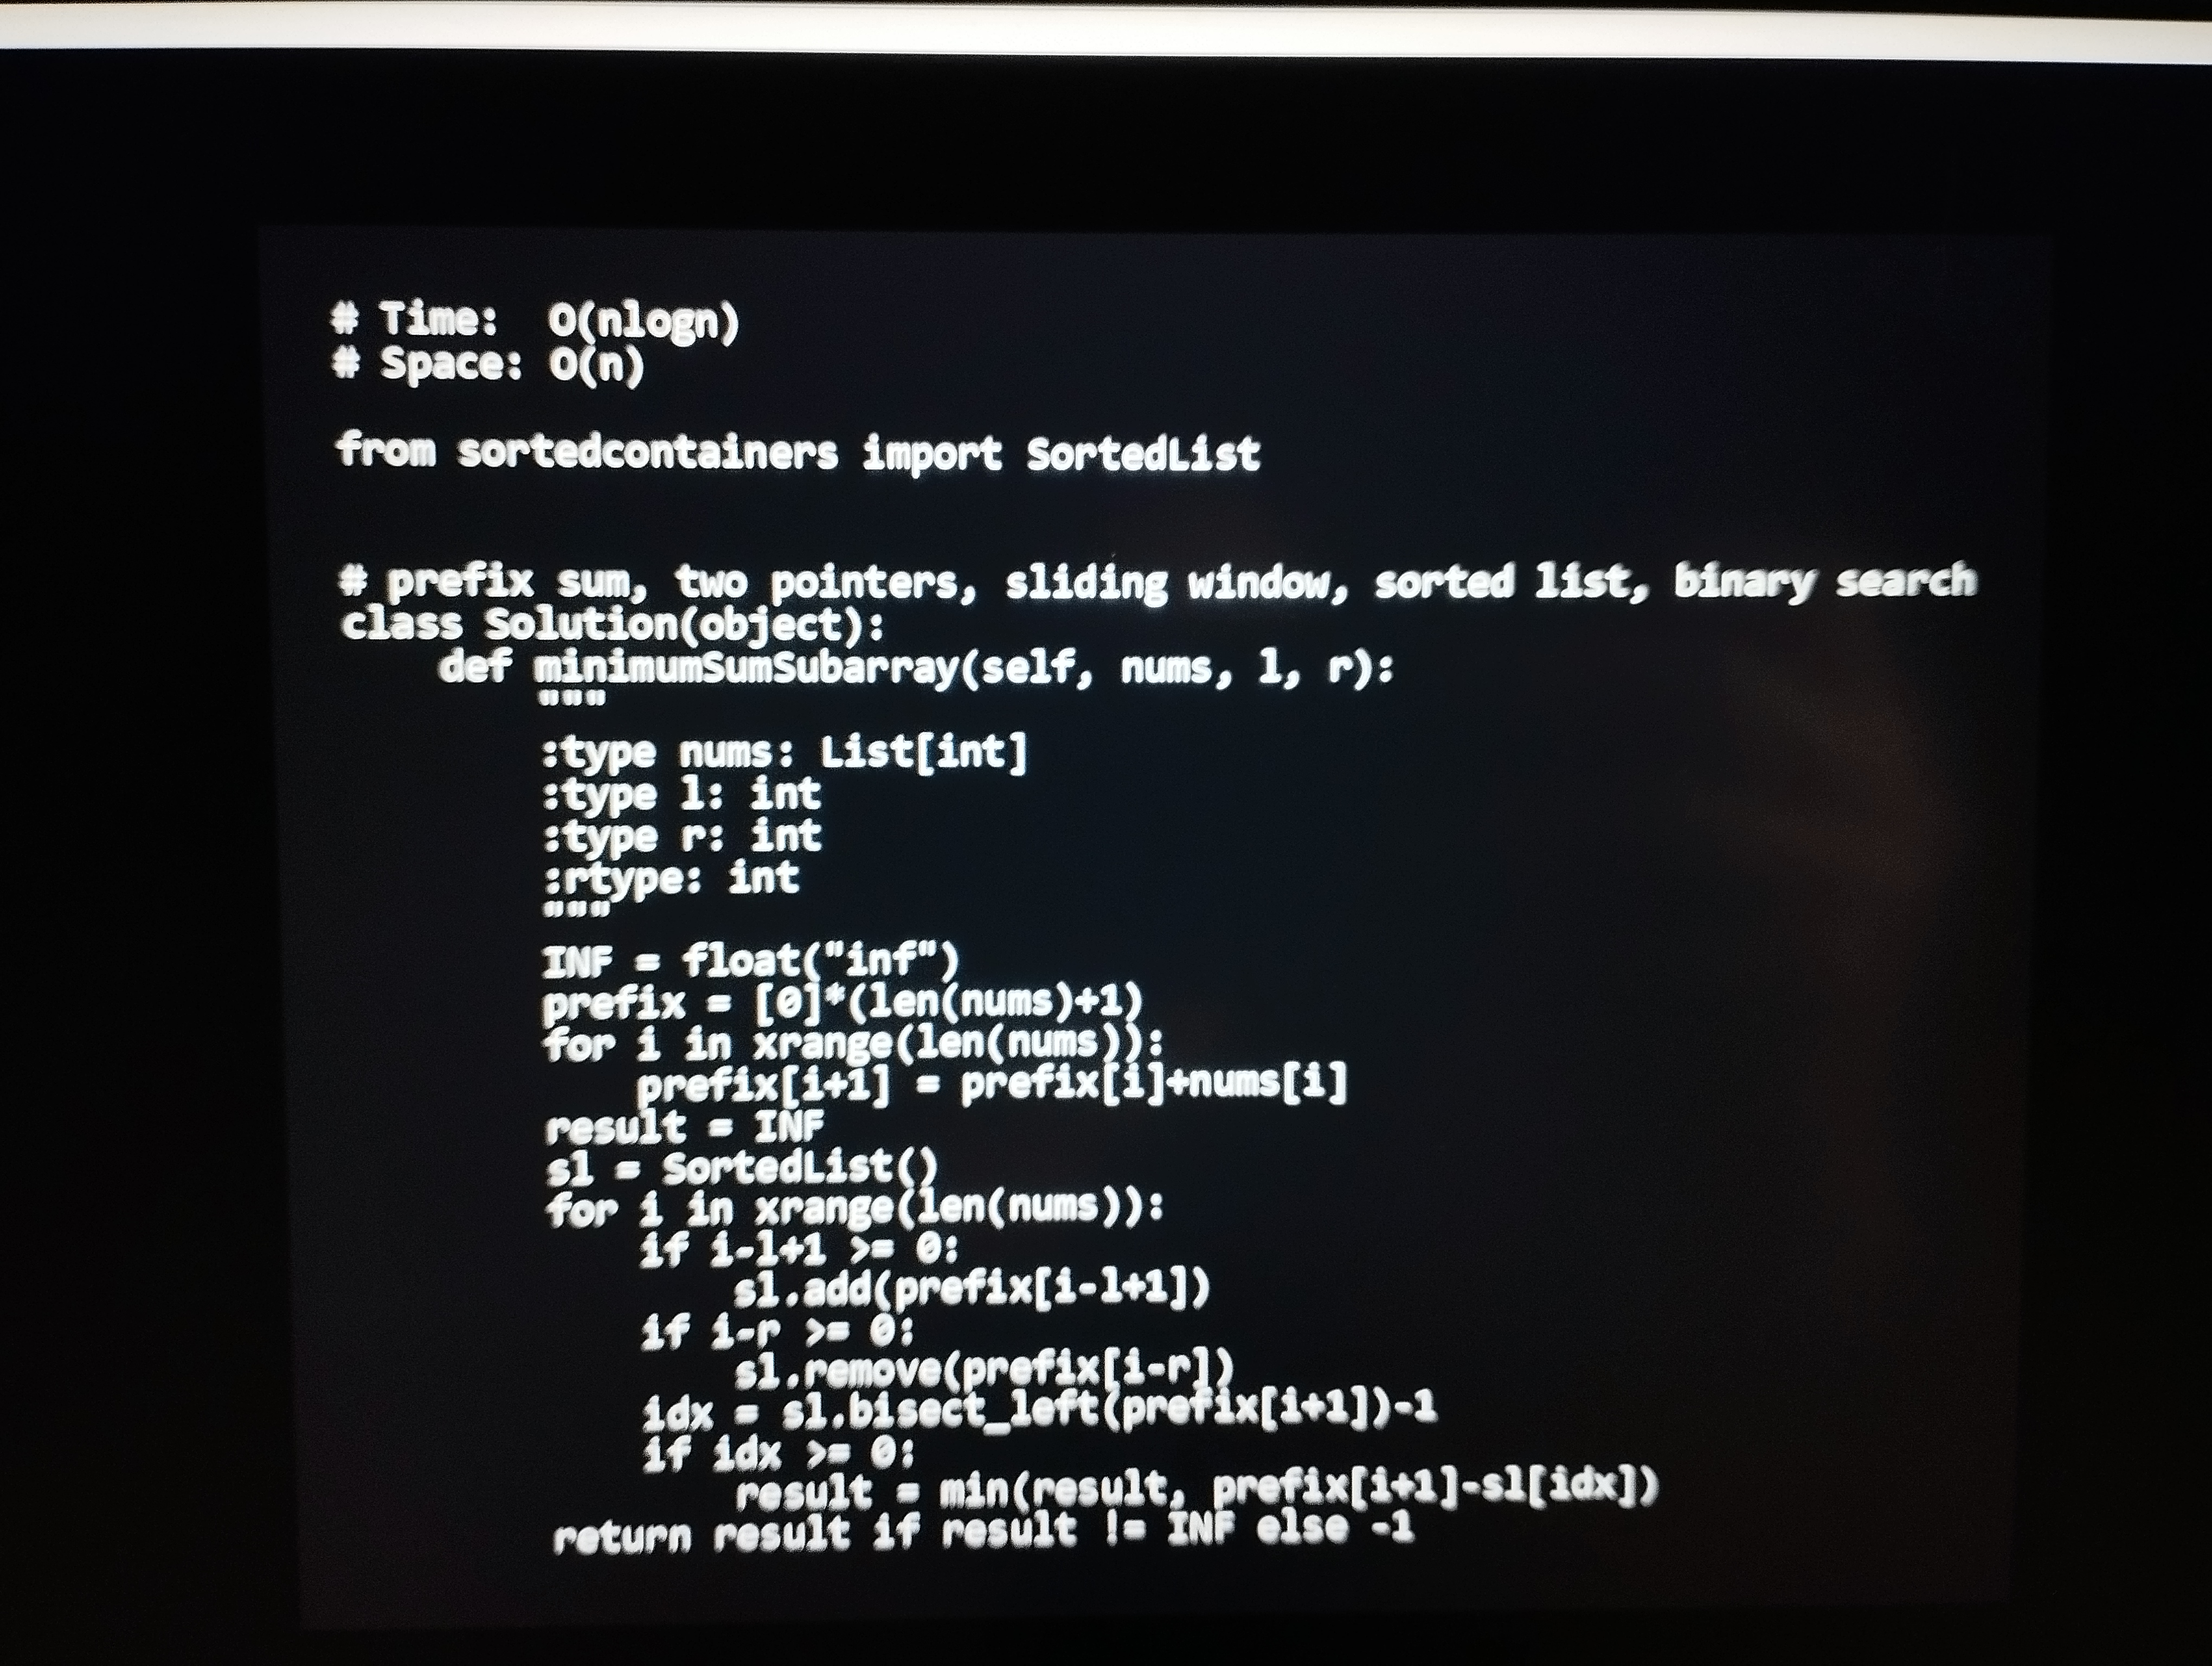
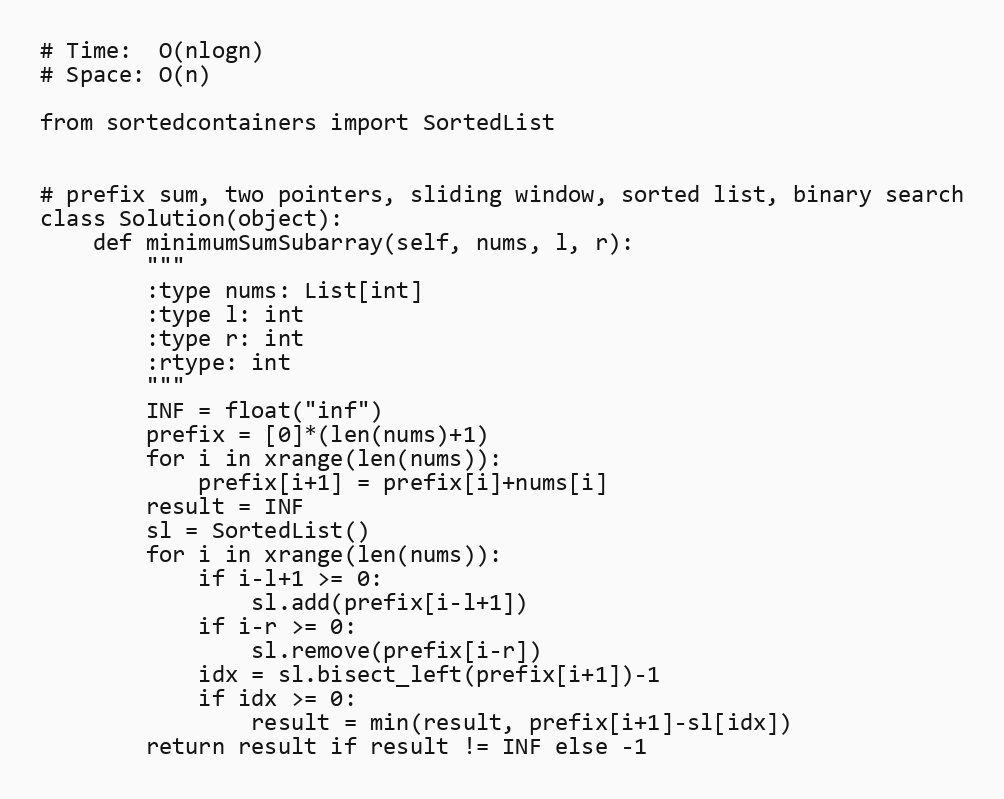
# Time:  O(nlogn)
# Space: O(n)

from sortedcontainers import SortedList

# prefix sum, two pointers, sliding window, sorted list, binary search
class Solution(object):
    def minimumSumSubarray(self, nums, l, r):
        """
        :type nums: List[int]
        :type l: int
        :type r: int
        :rtype: int
        """
        INF = float("inf")
        prefix = [0]*(len(nums)+1)
        for i in xrange(len(nums)):
            prefix[i+1] = prefix[i]+nums[i]
        result = INF
        sl = SortedList()
        for i in xrange(len(nums)):
            if i-l+1 >= 0:
                sl.add(prefix[i-l+1])
            if i-r >= 0:
                sl.remove(prefix[i-r])
            idx = sl.bisect_left(prefix[i+1])-1
            if idx >= 0:
                result = min(result, prefix[i+1]-sl[idx])
        return result if result != INF else -1